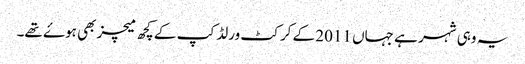
یہ وہی شہر ہے جہاں 2011 کے کرکٹ ورلڈ کپ کے کچھ میچز بھی ہوۓ تھے۔